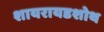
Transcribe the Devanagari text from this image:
शायरायडशोथ